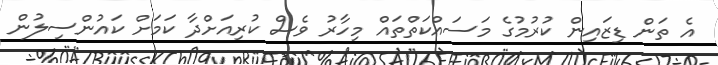
އެ ތަން ޑިޒައިން ކުރުމުގެ މަސައްކަތްތައް މިހާރު ވެސް ކުރިއަށްދާ ކަމަށް ކައުންސިލުން